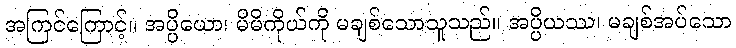
အကြင်ကြောင့်။ အပ္ပိယော၊ မိမိကိုယ်ကို မချစ်သောသူသည်။ အပ္ပိယဿ၊ မချစ်အပ်သော